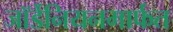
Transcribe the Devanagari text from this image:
जॉर्डेनियनमार्फत